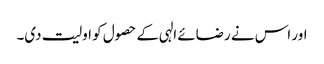
اور اس نے رضائے الہی کے حصول کو اولیت دی۔